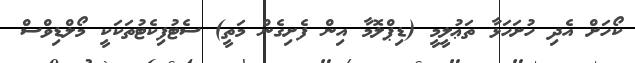
ކޯހަށް އެދި ހުށަހަޅާ ތަޢުލީމީ (ޑިޕްލޮމާ އިން ފެށިގެން މަތީ) ސެޓުފިކެޓުތަކަކީ މޯލްޑިވްސް